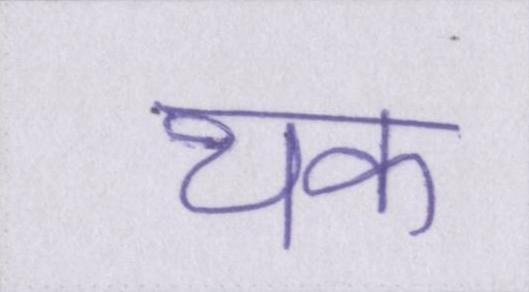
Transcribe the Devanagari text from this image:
थक